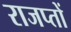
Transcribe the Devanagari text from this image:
राजप्तों